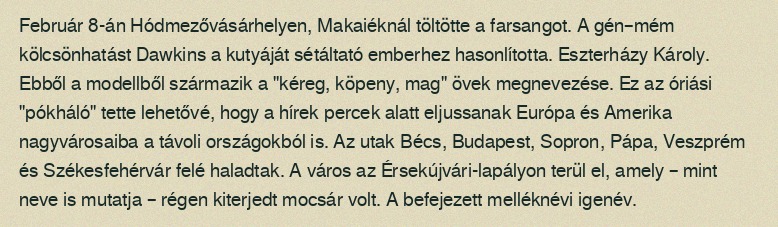
Február 8-án Hódmezővásárhelyen, Makaiéknál töltötte a farsangot. A gén–mém kölcsönhatást Dawkins a kutyáját sétáltató emberhez hasonlította. Eszterházy Károly. Ebből a modellből származik a "kéreg, köpeny, mag" övek megnevezése. Ez az óriási "pókháló" tette lehetővé, hogy a hírek percek alatt eljussanak Európa és Amerika nagyvárosaiba a távoli országokból is. Az utak Bécs, Budapest, Sopron, Pápa, Veszprém és Székesfehérvár felé haladtak. A város az Érsekújvári-lapályon terül el, amely – mint neve is mutatja – régen kiterjedt mocsár volt. A befejezett melléknévi igenév.